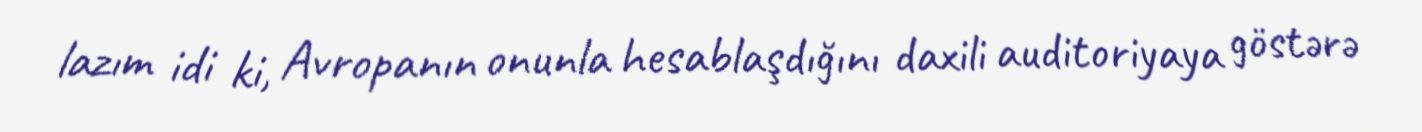
lazım idi ki, Avropanın onunla hesablaşdığını daxili auditoriyaya göstərə